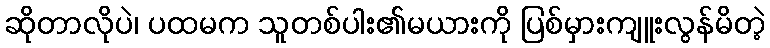
ဆိုတာလိုပဲ၊ ပထမက သူတစ်ပါး၏မယားကို ပြစ်မှားကျူးလွန်မိတဲ့